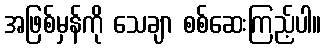
အဖြစ်မှန်ကို သေချာ စစ်ဆေးကြည့်ပါ။